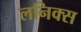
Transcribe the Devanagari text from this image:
लनिक्स